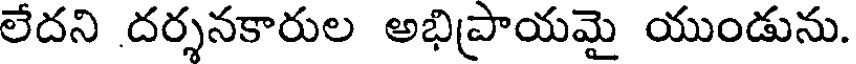
లేదని దర్శనకారుల అభిప్రాయమై యుండును.